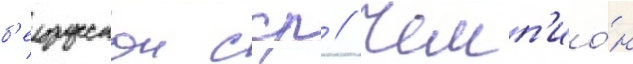
б'елорусскои сср // Чемп'ио́н